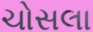
ચોસલા